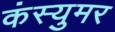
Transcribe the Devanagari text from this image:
कंस्युमर